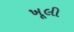
ખૂલી